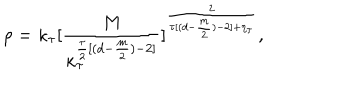
LaTeX: \rho = \kappa _ { \tau } [ \frac { M } { \kappa _ { \tau } ^ { \frac { \tau } { 2 } [ ( d - \frac { m } { 2 } ) - 2 ] } } ] ^ { \frac { 2 } { \tau [ ( d - \frac { m } { 2 } ) - 2 ] + \eta _ { \tau } } } ,